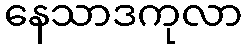
နေသာဒကုလာ